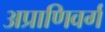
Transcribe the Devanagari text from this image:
अप्राणिवर्ग